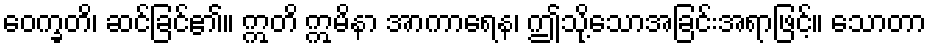
ဝေက္ခတိ၊ ဆင်ခြင်၏။ ဣတိ ဣမိနာ အာကာရေန၊ ဤသို့သောအခြင်းအရာဖြင့်။ သောတာ